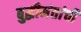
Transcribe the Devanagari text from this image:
बुद्धीमंतांची